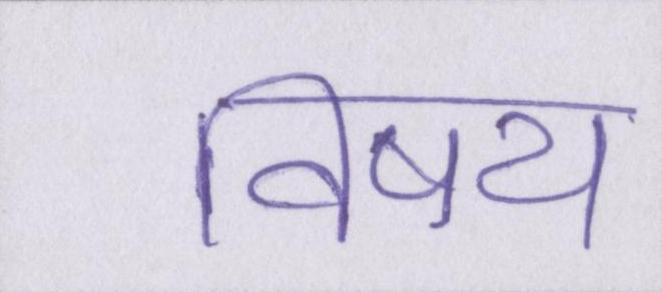
विषय